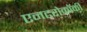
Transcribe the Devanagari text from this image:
एनटरोकॉकी